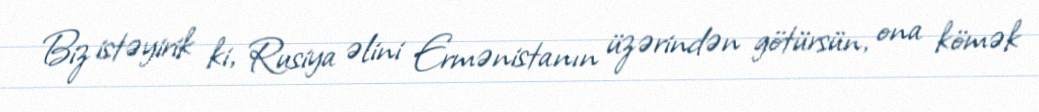
Biz istəyirik ki, Rusiya əlini Ermənistanın üzərindən götürsün, ona kömək